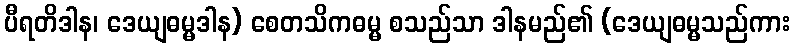
ပီရတိဒါန၊ ဒေယျဓမ္မဒါန) စေတသိကဓမ္မ စသည်သာ ဒါနမည်၏ (ဒေယျဓမ္မသည်ကား